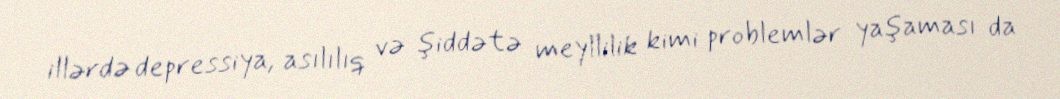
illərdə depressiya, asılılıq və şiddətə meyllilik kimi problemlər yaşaması da